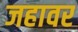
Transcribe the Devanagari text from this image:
जहावर